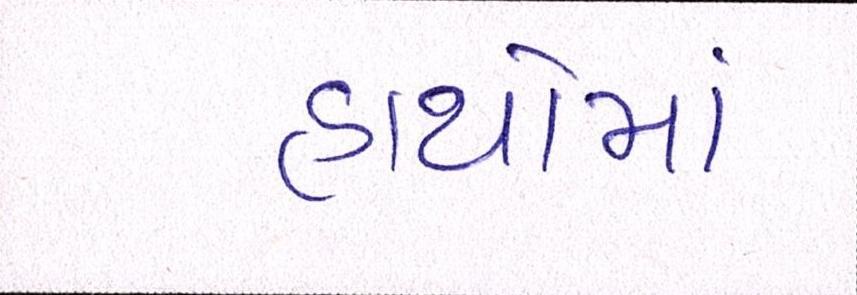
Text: હાથોમાં